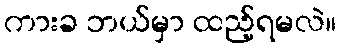
ကားခ ဘယ်မှာ ထည့်ရမလဲ။